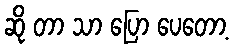
ဆို တာ သာ ပြော ပေတော့